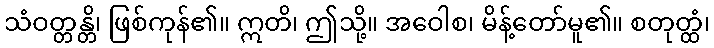
သံဝတ္တန္တိ၊ ဖြစ်ကုန်၏။ ဣတိ၊ ဤသို့။ အဝေါစ၊ မိန့်တော်မူ၏။ စတုတ္ထံ၊